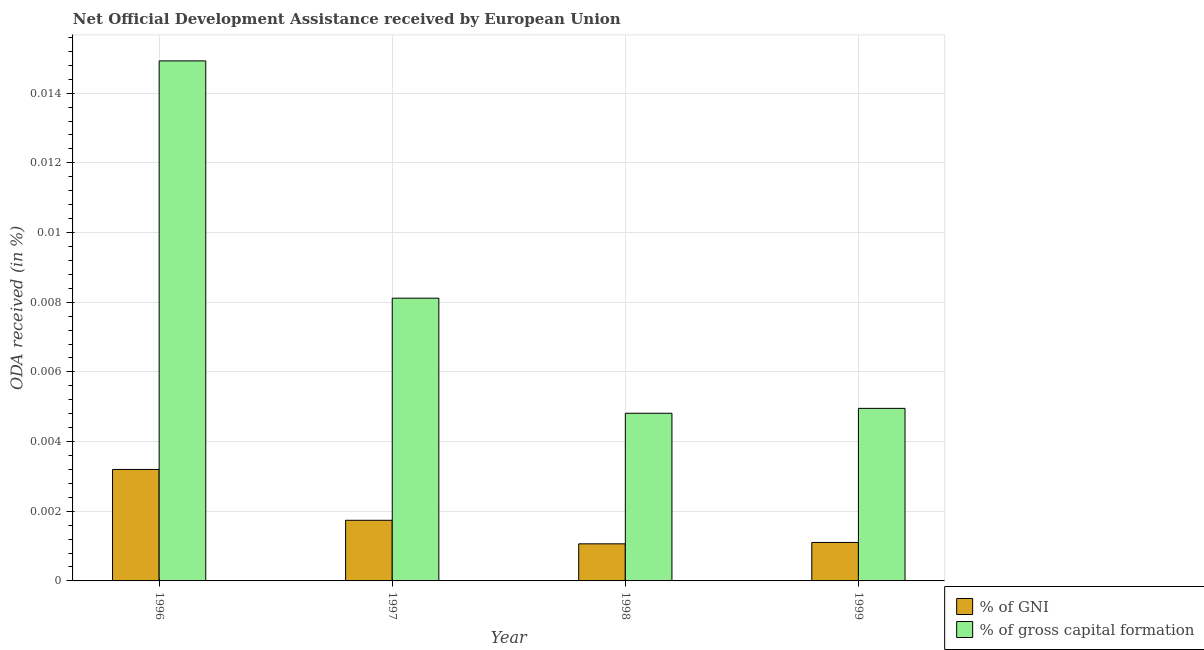
| Year | % of GNI | % of gross capital formation |
 | --- | --- | --- |
 | 1996 | 0.0032 | 0.0149 |
 | 1997 | 0.00174 | 0.00812 |
 | 1998 | 0.00106 | 0.00481 |
 | 1999 | 0.0011 | 0.00495 |